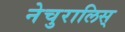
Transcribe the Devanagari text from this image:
नेचुरालिस्